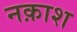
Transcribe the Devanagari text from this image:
नक़ाश